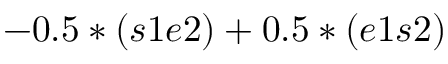
- 0 . 5 * ( s 1 e 2 ) + 0 . 5 * ( e 1 s 2 )